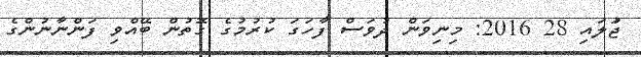
ޖުަލައި 28 2016: މިނިވަން ދުވަސް ފާހަގަ ކުރުމުގެ ގޮތުން ބޭއްވި ފަންނާނުންގެ